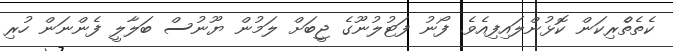
ކެތެތްެރިކަން ކޮޅުންލައިފިއެވެ. ފޯނު ފަޓުލުނޫގެ ޖީބަށް ލަމުން ޔޫނުސް ބަލާލީ ފެންނަން ހުރި